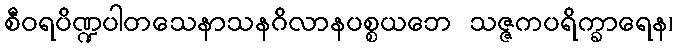
စီဝရပိဏ္ဍပါတသေနာသနဂိလာနပစ္စယဘေ သဇ္ဇကပရိက္ခာရေန၊